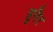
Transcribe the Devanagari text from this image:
हुनैर